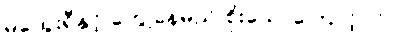
မထွေးရီနှင့် တွေ့နေမည် စိုးသောကြောင့်ပင်။